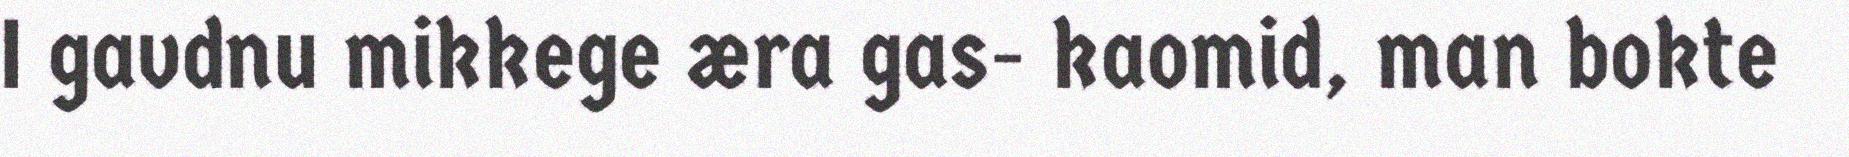
I gavdnu mikkege æra gas- kaomid, man bokte